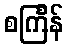
စင်္ကြန်